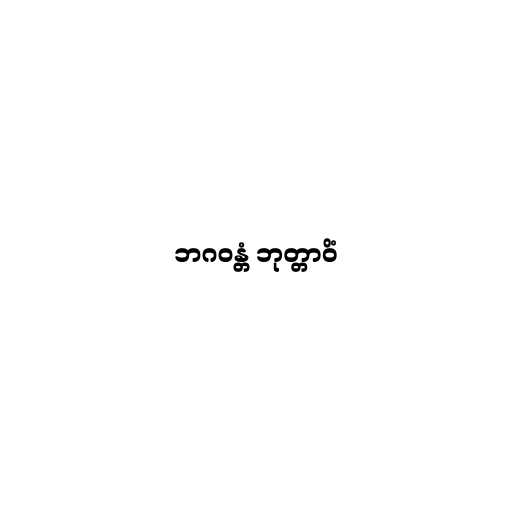
ဘဂဝန္တံ ဘုတ္တာဝိံ